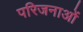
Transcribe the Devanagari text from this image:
परिजनाओं